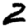
Digit: 2